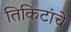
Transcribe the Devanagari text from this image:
तिकिटांचे